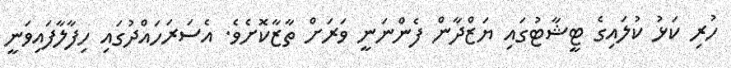
ހުރި ކަޅު ކުލައިގެ ޓީޝާޓުގައި ޔަޒްދާން ފެންނަނީ ވަރަށް ތާޒާކޮށެވެ. އެސަރަހައްދުގައި ހިފާލާފައިވަނީ